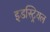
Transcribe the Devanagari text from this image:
इडस्ट्रियल